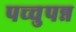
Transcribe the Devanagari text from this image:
पच्चुपन्न